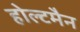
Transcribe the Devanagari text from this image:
होल्टमैन